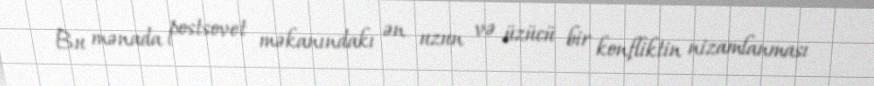
Bu mənada postsovet məkanındakı ən uzun və üzücü bir konfliktin nizamlanması